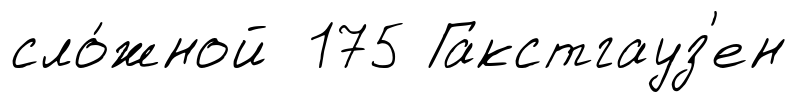
сло́жной 175 Гакстгауз'ен